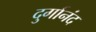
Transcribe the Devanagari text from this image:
दुर्गानंद